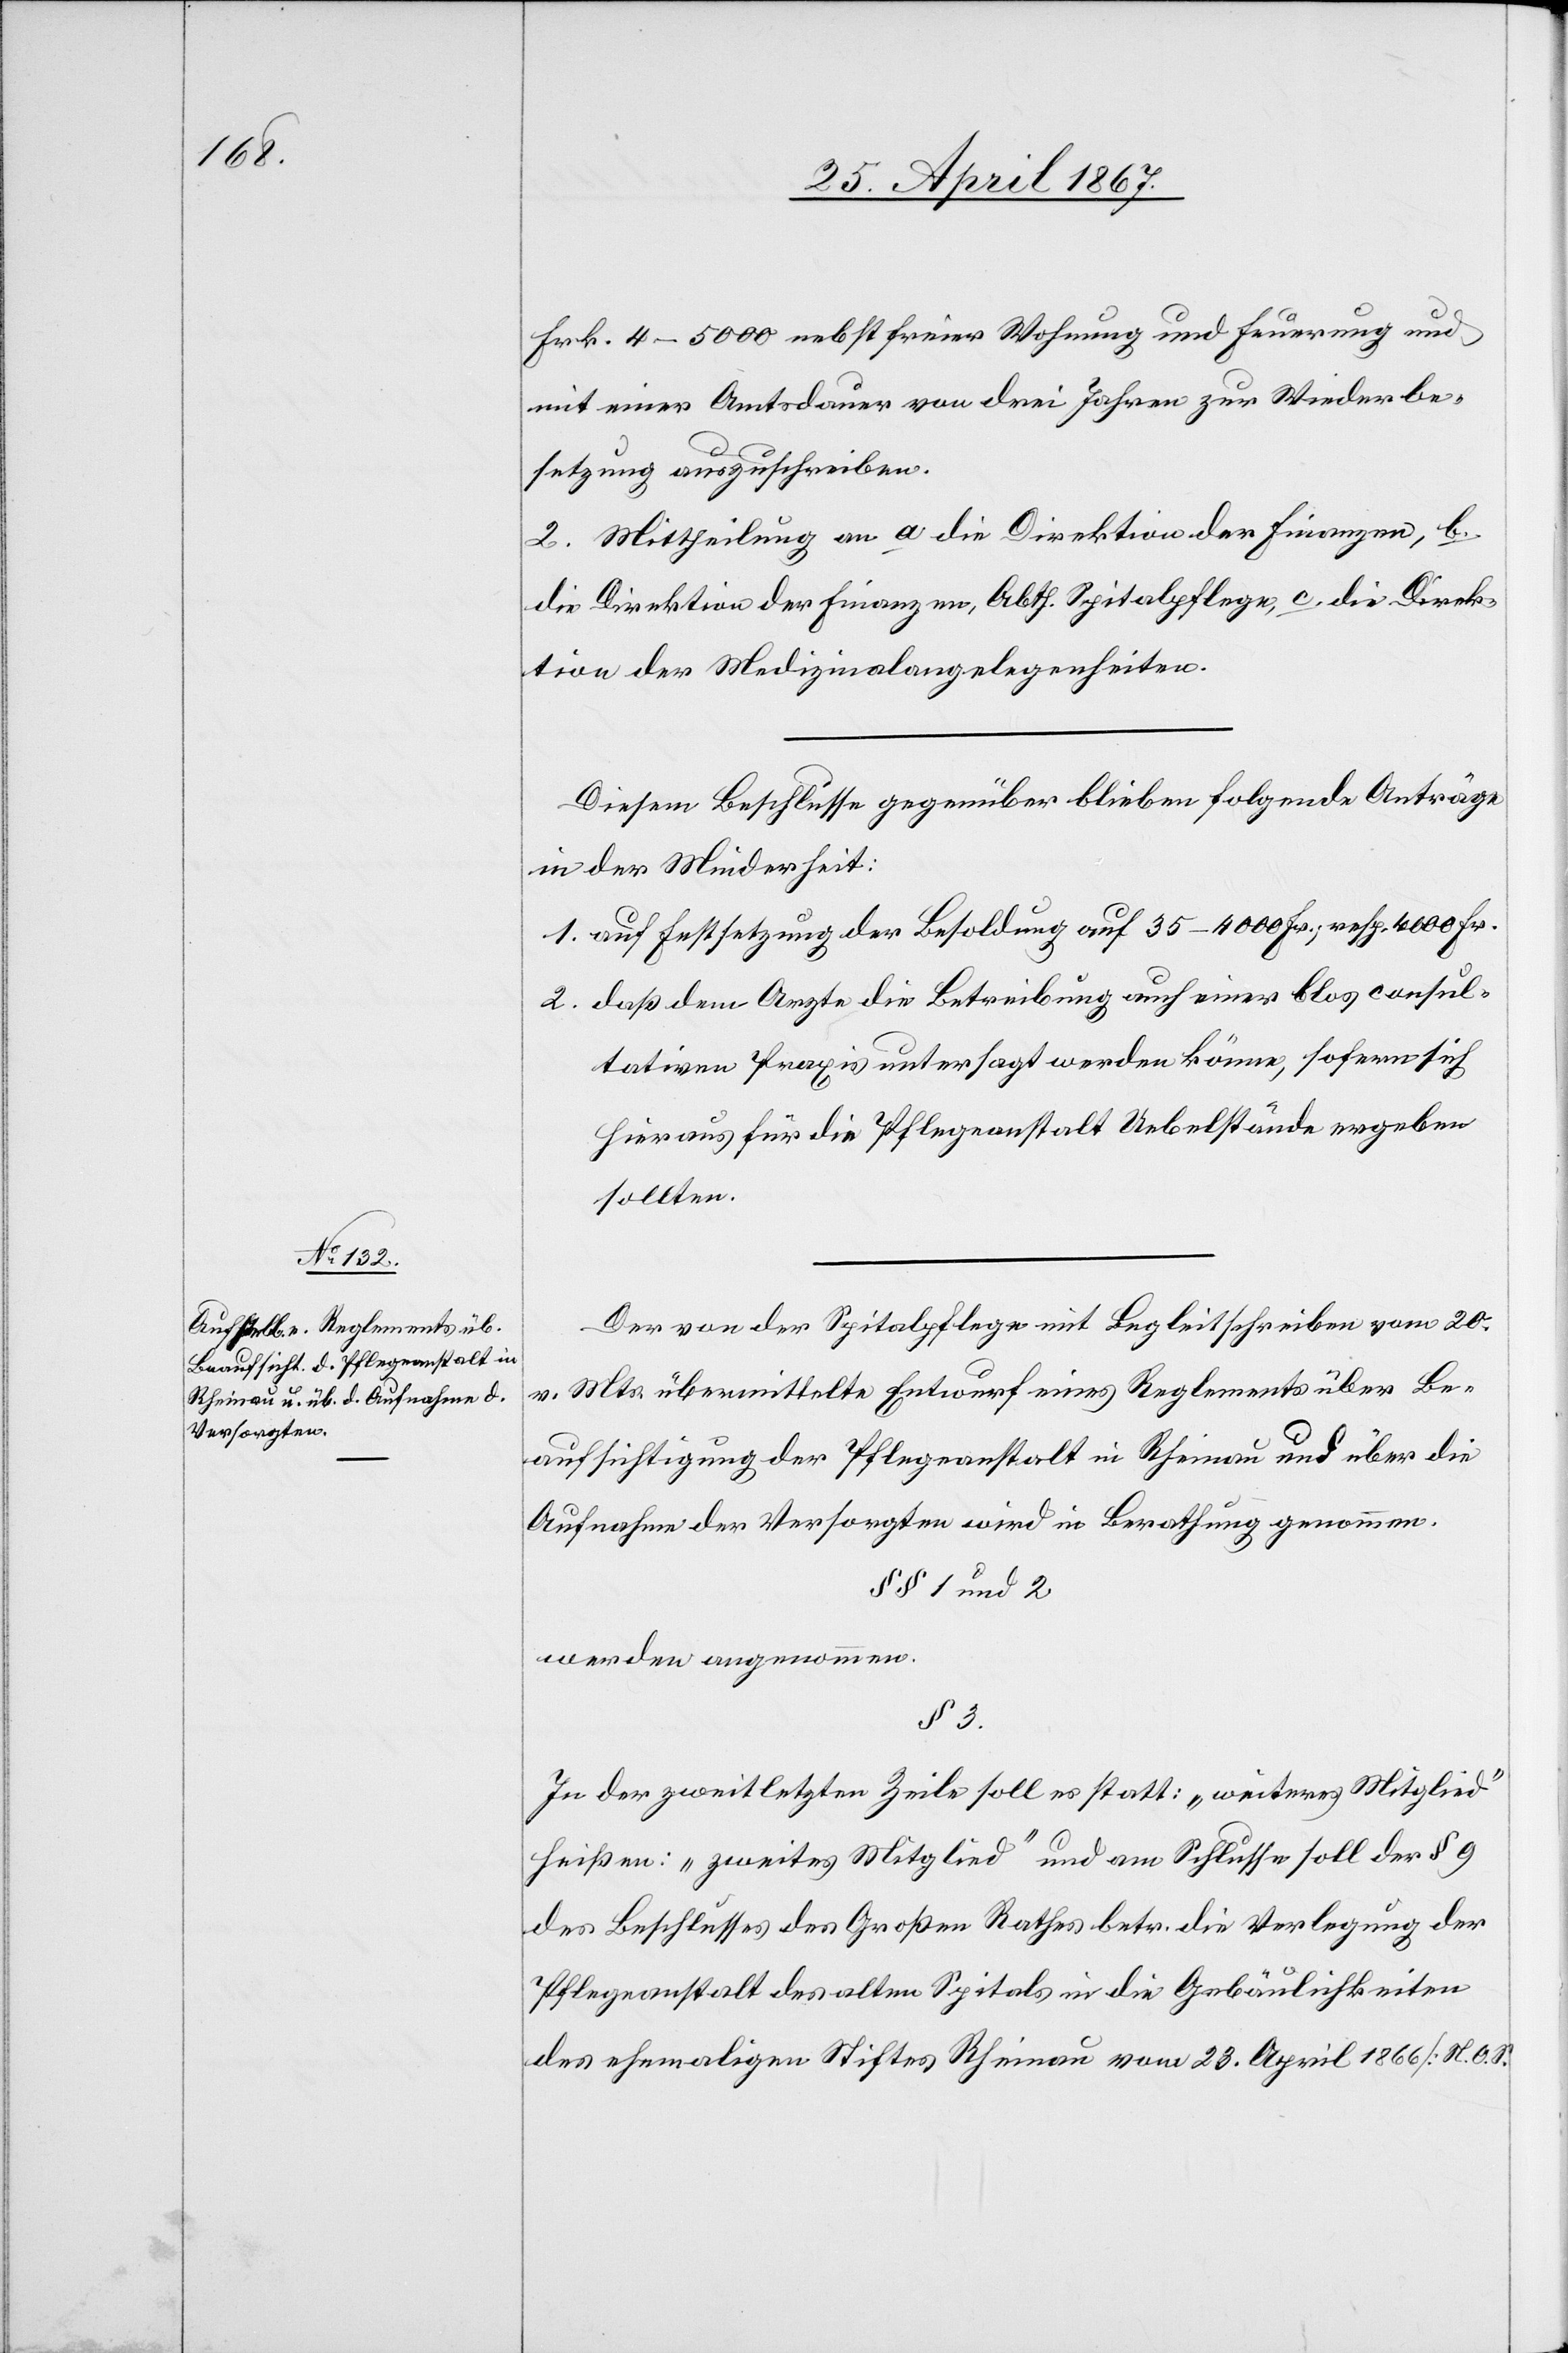
Frk. 4–5000 nebst freier Wohnung und Feuerung und
mit einer Amtsdauer von drei Jahren zur Wiederbe¬
setzung auszuschreiben.
2. Mittheilung an a. die Direktion der Finanzen, b.
die Direktion der Finanzen, Abth. Spitalpflege, c. die Direk¬
tion der Medizinalangelegenheiten.
Der von der Spitalpflege mit Begleitschreiben vom 20.
v. Mts. übermittelte Entwurf eines Reglements über Be¬
aufsichtigung der Pflegeanstalt in Rheinau und über die
Aufnahme der Versorgten wird in Berathung genommen.
§§ 1 und 2
werden angenommen.
§ 3.
In der zweitletzten Zeile soll es statt: „weiteres Mitglied“
heißen: „zweites Mitglied“ und am Schlusse soll der § 9
des Beschlusses des Großen Rathes betr. die Verlegung der
Pflegeanstalt des alten Spitals in die Gebäulichkeiten
des ehemaligen Stiftes Rheinau vom 23. April 1866 [N. O. S.